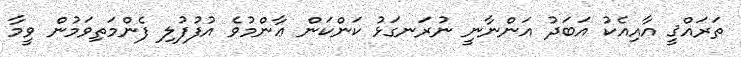
ތަރައްޤީ އާއިއެކު އަބަދު އަންނާނީ ނުރަނގަޅު ކަންކަން ޢާންމުވެ އުފުފުލި ފެންމަތިވަމުން ވީމާ